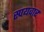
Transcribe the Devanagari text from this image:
स्पयवार